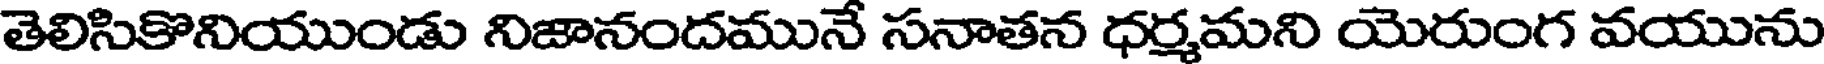
తెలిసికొనియుండు నిజానందమునే సనాతన ధర్మమని యెరుంగ వయును